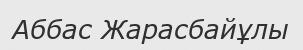
Аббас Жарасбайұлы